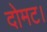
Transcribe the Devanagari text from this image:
दोमट।